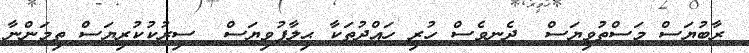
ރާބުޔަސް މަސްތުވިޔަސް  ދެނވެސް ހުރި ހައްދުތަކާ ޙިލާފުވިޔަސް  ސިރުކުކުރިޔަސް ތިމަންނާ